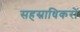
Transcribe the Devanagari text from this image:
सहस्राधिकरों